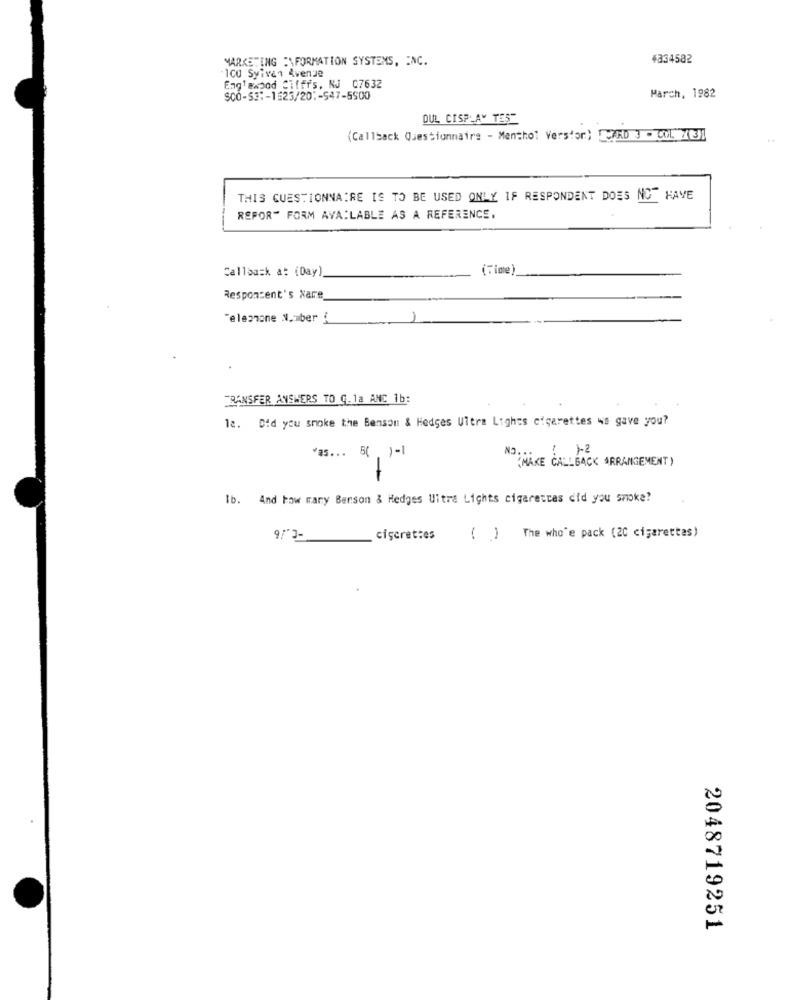
MARKETING :\FORMATION SYSTEMS, INC.
4334582
-100 Sylvan Avenue
Englewood Cifffs, NJ 07632
SCO-S3 :- 1623/201-547-5500
Parch, 1982
DUL CISPLAY TES"
(Callback Questionnaire - Menthol Verstor} [ARD J - COL. 731
THIS CUESTIONNAIRE IS TO BE USED ONLY IF RESPONDENT DOES NOT HAVE
REFOR" FORM AVAILABLE AS A REFERENCE.
Callback a: (Day)
(Time)
Responsent's Nare
"elezione Number {
TRANSFER ANSWERS TO G. 1a ANC 1b:
12. Did you smoke the Benson & Hedges Ultra Lights cigarettes 4s gave you?
Vas ... B( )=1
NO. ..
MAKE CALLBACK ARRANGEMENT)
Ib. And How many Benson & Hedges Ultra Lights cigarettes did you smoke?
9/3-
ciscrettes
( ) The who'e pack (20 cigarettes)
2048719251